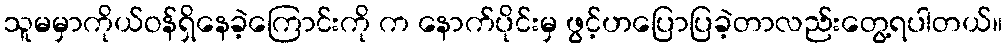
သူမမှာကိုယ်ဝန်ရှိနေခဲ့ကြောင်းကို က နောက်ပိုင်းမှ ဖွင့်ဟပြောပြခဲ့တာလည်းတွေ့ရပါတယ်။